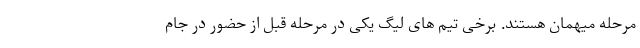
مرحله میهمان هستند. برخی تیم های لیگ یکی در مرحله قبل از حضور در جام